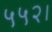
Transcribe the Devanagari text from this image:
५५२।